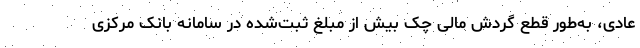
عادی، به‌طور قطع گردش مالی چک بیش از مبلغ ثبت‌شده در سامانه بانک مرکزی